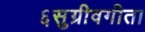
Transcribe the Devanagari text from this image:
६सुग्रीवगीता